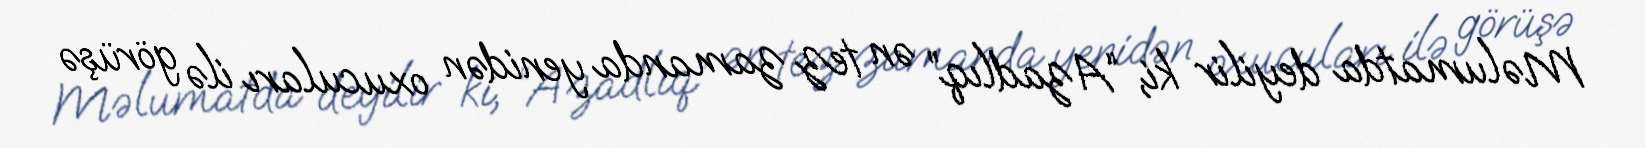
Məlumatda deyilir ki, “Azadlıq” ən tez zamanda yenidən oxucuları ilə görüşə